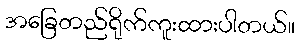
အခြေတည်ရိုက်ကူးထားပါတယ်။